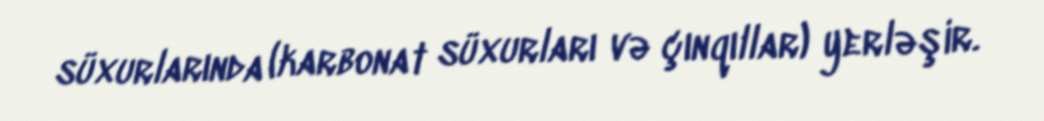
süxurlarında (karbonat süxurları və çınqıllar) yerləşir.